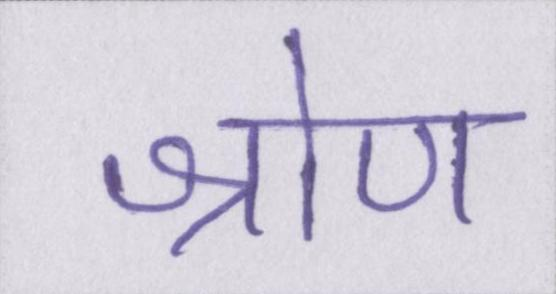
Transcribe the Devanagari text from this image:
श्रोण